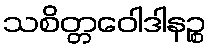
သစိတ္တဝေါဒါနဉ္စ